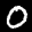
Label: 0